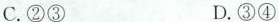
C.②③ D.③④